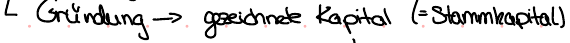
Gründung -> gezeichnete Kapital (= Stammkapital)